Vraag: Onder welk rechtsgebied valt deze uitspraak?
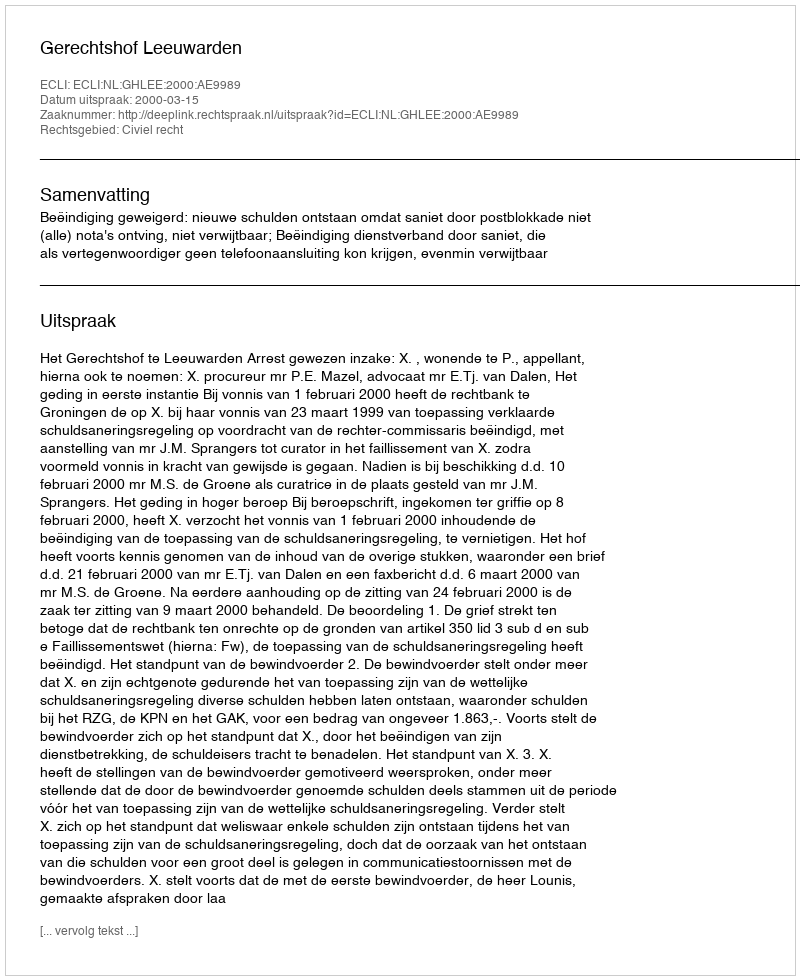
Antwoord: Civiel recht